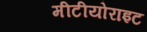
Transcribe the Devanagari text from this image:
मीटीयोराइट